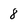
Character: 8